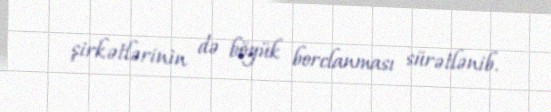
şirkətlərinin də böyük borclanması sürətlənib.